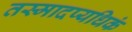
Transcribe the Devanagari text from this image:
तस्मादप्यधिकं